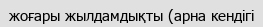
жоғары жылдамдықты (арна кендігі